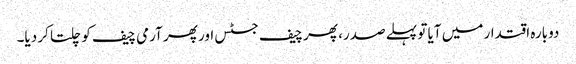
دوبارہ اقتدار میں آیا تو پہلے صدر، پھر چیف جسٹس اور پھر آرمی چیف کو چلتا کر دیا۔